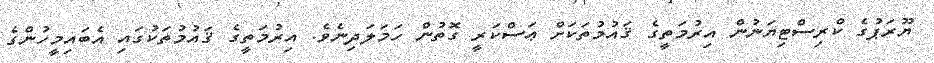
ޔޫރަޕުގެ ކްރިސްޓިޔަނުން އިރުމަތީގެ ޤައުމުތަކަށް ޢަސްކަރީ ގޮތުން ހަމަލަދިނެވެ. އިރުމަތީގެ ޤައުމުތަކުގައި އެބައިމީހުންގެ